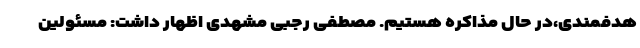
هدفمندی،‌در حال مذاکره هستیم. مصطفی رجبی مشهدی اظهار داشت: مسئولین